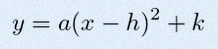
y=a(x-h)^2+k